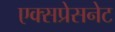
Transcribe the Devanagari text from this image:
एक्सप्रेसनेट